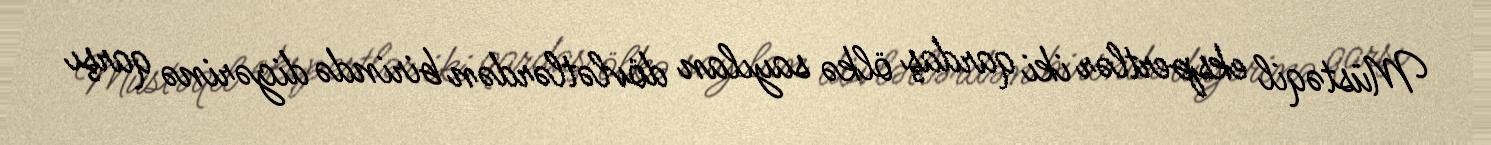
Müstəqil ekspertlər iki qardaş ölkə sayılan dövlətlərdən birində digərinə qarşı